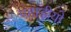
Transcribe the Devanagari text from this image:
पहाड़ीयो